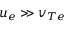
u _ { e } \gg v _ { T e }